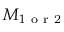
\boldsymbol { M } _ { 1 \mathrm { ~ o ~ r ~ 2 ~ } }